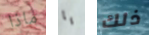
ماذا يا ذلك